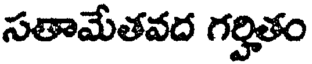
సతామేతవద గర్హితం